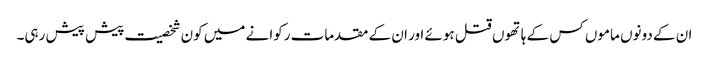
ان کے دونوں ماموں کس کے ہاتھوں قتل ہوئے اور ان کے مقدمات رکوانے میں کون شخصیت پیش پیش رہی۔